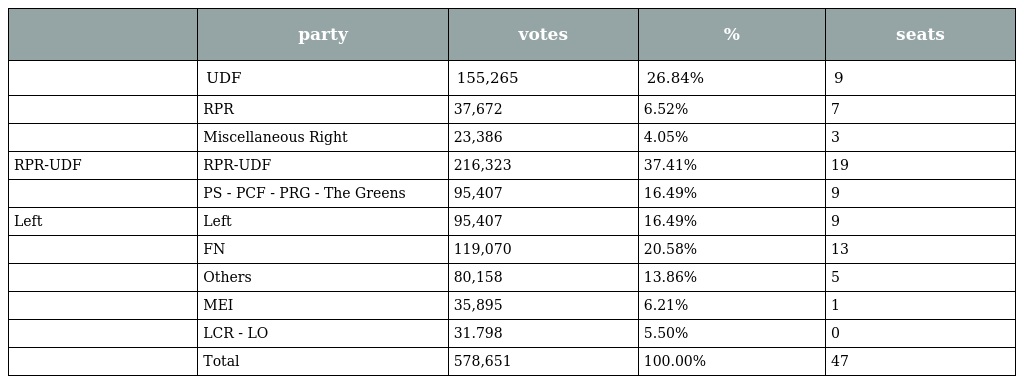
|  | party | votes | % | seats |
 | --- | --- | --- | --- | --- |
 |  | UDF | 155,265 | 26.84% | 9 |
 |  | RPR | 37,672 | 6.52% | 7 |
 |  | Miscellaneous Right | 23,386 | 4.05% | 3 |
 | RPR-UDF | RPR-UDF | 216,323 | 37.41% | 19 |
 |  | PS - PCF - PRG - The Greens | 95,407 | 16.49% | 9 |
 | Left | Left | 95,407 | 16.49% | 9 |
 |  | FN | 119,070 | 20.58% | 13 |
 |  | Others | 80,158 | 13.86% | 5 |
 |  | MEI | 35,895 | 6.21% | 1 |
 |  | LCR - LO | 31.798 | 5.50% | 0 |
 |  | Total | 578,651 | 100.00% | 47 |